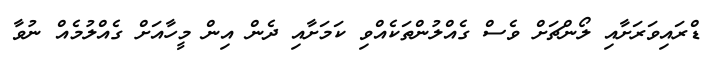
ޑްރައިވަރަށާއި ލޯންޗަށް ވެސް ގެއްލުންތަކެއްވި ކަމަށާއި ދެން އިން މީހާއަށް ގެއްލުމެއް ނުވާ